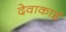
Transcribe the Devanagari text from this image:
देवाकाई